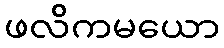
ဖလိကမယော